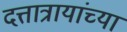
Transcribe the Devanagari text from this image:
दत्तात्रायांच्या